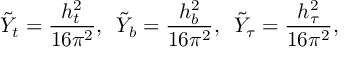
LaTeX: \tilde { Y } _ { t } = { \frac { h _ { t } ^ { 2 } } { 1 6 { \pi } ^ { 2 } } } , \, \, \, \tilde { Y } _ { b } = { \frac { h _ { b } ^ { 2 } } { 1 6 { \pi } ^ { 2 } } } , \, \, \, \tilde { Y } _ { \tau } = { \frac { h _ { \tau } ^ { 2 } } { 1 6 { \pi } ^ { 2 } } } ,